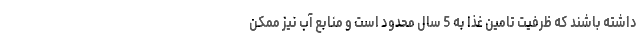
داشته باشند که ظرفیت تامین غذا به 5 سال محدود است و منابع آب نیز ممکن